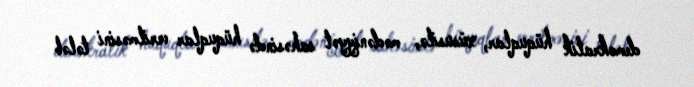
demokratik hüquqlar, xüsusilə, mədəniyyət sahəsində hüquqlar verilməsini tələb